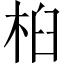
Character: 桕